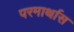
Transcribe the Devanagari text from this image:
परमार्थास